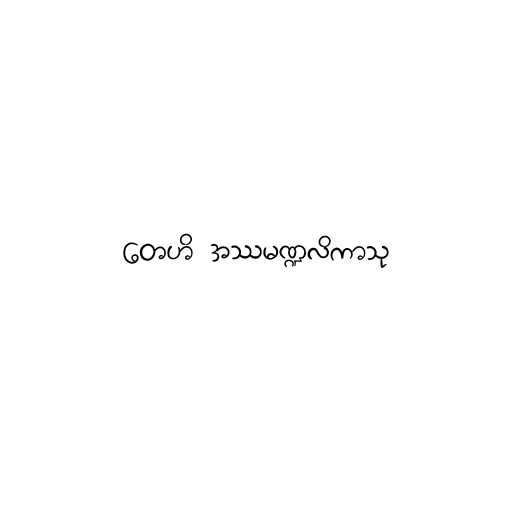
တေဟိ အဿမဏ္ဍလိကာသု